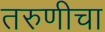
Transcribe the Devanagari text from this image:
तरुणीचा